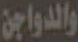
والدواجن